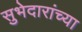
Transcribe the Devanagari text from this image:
सुभेदारांच्या